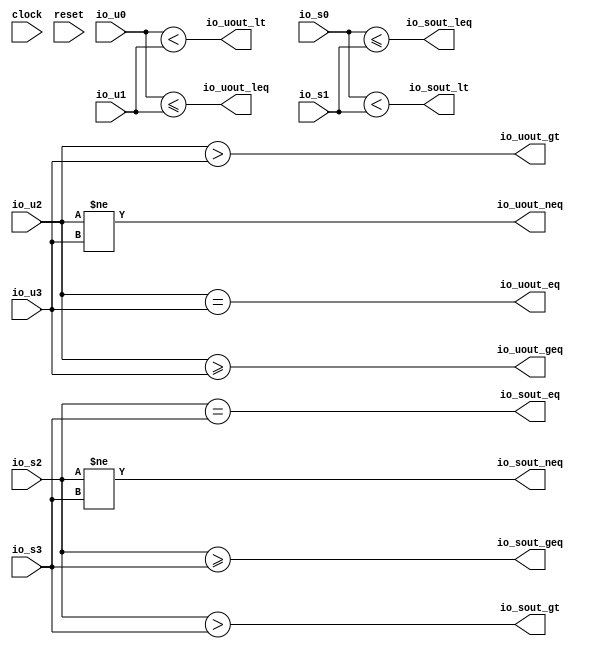
module Compare(
  input        clock,
  input        reset,
  input  [7:0] io_u0,
  input  [5:0] io_u1,
  input  [3:0] io_s0,
  input  [7:0] io_s1,
  output       io_uout_lt,
  output       io_sout_lt,
  output       io_uout_leq,
  output       io_sout_leq,
  input  [4:0] io_u2,
  input  [5:0] io_u3,
  input  [5:0] io_s2,
  input  [6:0] io_s3,
  output       io_uout_gt,
  output       io_sout_gt,
  output       io_uout_geq,
  output       io_sout_geq,
  output       io_uout_eq,
  output       io_sout_eq,
  output       io_uout_neq,
  output       io_sout_neq
);
  wire [7:0] _GEN_0 = {{2'd0}, io_u1}; // @[Compare.scala 32:23]
  wire [7:0] _GEN_1 = {{4{io_s0[3]}},io_s0}; // @[Compare.scala 33:23]
  wire [5:0] _GEN_4 = {{1'd0}, io_u2}; // @[Compare.scala 37:23]
  wire [6:0] _GEN_5 = {{1{io_s2[5]}},io_s2}; // @[Compare.scala 38:23]
  assign io_uout_lt = io_u0 < _GEN_0; // @[Compare.scala 32:23]
  assign io_sout_lt = $signed(_GEN_1) < $signed(io_s1); // @[Compare.scala 33:23]
  assign io_uout_leq = io_u0 <= _GEN_0; // @[Compare.scala 34:24]
  assign io_sout_leq = $signed(_GEN_1) <= $signed(io_s1); // @[Compare.scala 35:24]
  assign io_uout_gt = _GEN_4 > io_u3; // @[Compare.scala 37:23]
  assign io_sout_gt = $signed(_GEN_5) > $signed(io_s3); // @[Compare.scala 38:23]
  assign io_uout_geq = _GEN_4 >= io_u3; // @[Compare.scala 39:24]
  assign io_sout_geq = $signed(_GEN_5) >= $signed(io_s3); // @[Compare.scala 40:24]
  assign io_uout_eq = _GEN_4 == io_u3; // @[Compare.scala 42:23]
  assign io_sout_eq = $signed(_GEN_5) == $signed(io_s3); // @[Compare.scala 43:23]
  assign io_uout_neq = _GEN_4 != io_u3; // @[Compare.scala 44:24]
  assign io_sout_neq = $signed(_GEN_5) != $signed(io_s3); // @[Compare.scala 45:24]
endmodule